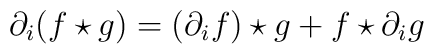
\partial_{i}(f\star g)=(\partial_{i}f)\star g+f\star \partial_{i}g